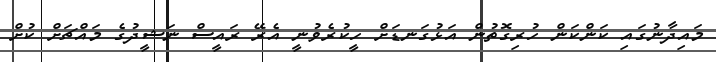
މައިދާނުގައި ކަންކަން ހުރިގޮތުން އަޅުގަނޑަށް ހީކުރެވުނީ އެރޭ ރައީސް ނަޝީދުގެ މައްޗަށް ކުށް